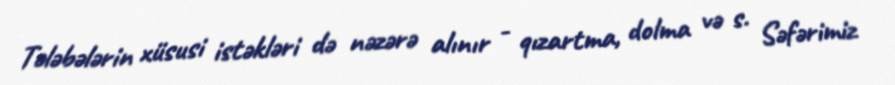
Tələbələrin xüsusi istəkləri də nəzərə alınır - qızartma, dolma və s. Səfərimiz